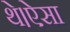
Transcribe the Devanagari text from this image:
थे।ऐसा